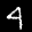
Label: 4